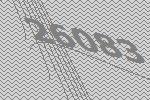
26083